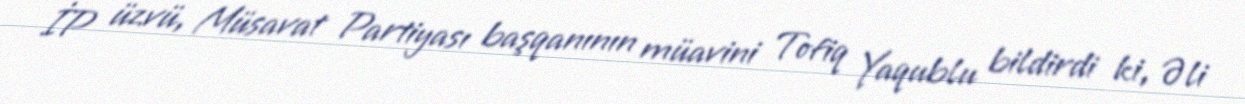
İP üzvü, Müsavat Partiyası başqanının müavini Tofiq Yaqublu bildirdi ki, Əli